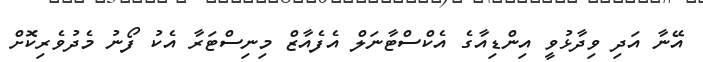
އޭނާ އަދި ވިދާޅުވީ އިންޑިއާގެ އެކްސްޓާނަލް އެފެއާޒް މިނިސްޓަރާ އެކު ފޯނު މެދުވެރިކޮށް